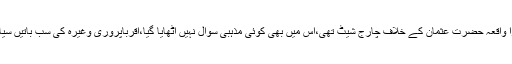
دوسرا بڑا واقعہ حضرت عثمانؓ کے خلاف چارج شیٹ تھی،اس میں بھی کوئی مذہبی سوال نہیں اٹھایا گیا،اقرباپروری وغیرہ کی سب باتیں سیاسی تھیں۔